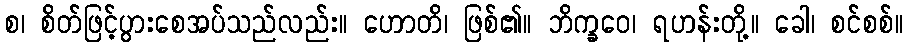
စ၊ စိတ်ဖြင့်ပွားစေအပ်သည်လည်း။ ဟောတိ၊ ဖြစ်၏။ ဘိက္ခဝေ၊ ရဟန်းတို့။ ခေါ၊ စင်စစ်။